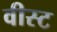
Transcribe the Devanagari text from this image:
वीस्ट